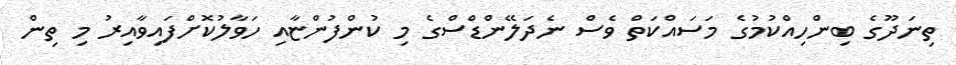
ތިނަދޫގެ ބިންހިއްކުމުގެ މަސައްކަތް ވެސް ނެދަލޭންޑްސްގެ މި ކުންފުންޏާއި ހަވާލުކޮށްފައިވާއިރު މި ތިން